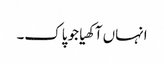
انہاں آکھیا جو پاک۔